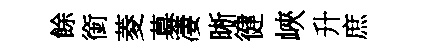
餘銜菱募凄晰徤峽升庶